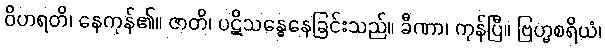
ဝိဟရတိ၊ နေကုန်၏။ ဇာတိ၊ ပဋိသန္ဓေနေခြင်းသည်။ ခီဏာ၊ ကုန်ပြီ။ ဗြဟ္မစရိယံ၊